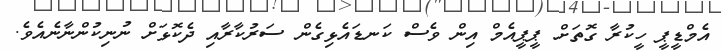
އެމްޑީޕީ ހީކުރާ ގޮތަށް ޕީޕީއެމް އިން ވެސް ކަނޑައެޅިގެން ސަރުކާރާއި ދެކޮޅަށް ނުނިކުންނާނެއެވެ.